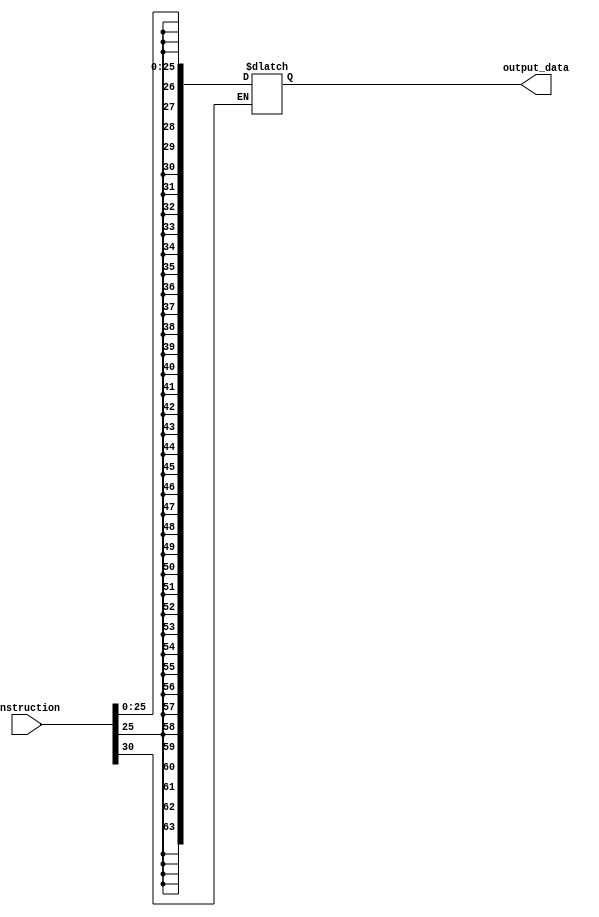
module SignExtend(instruction, output_data);

	input [31:0] instruction;
	output reg [63:0] output_data;
	wire opcode = instruction[30];

	always @ (instruction) begin
		case(opcode)
			2'b11: output_data = {{55{instruction[20]}}, instruction[20:12]};
			2'b10: output_data = {{45{instruction[23]}}, instruction[23:5]};
			2'b00: output_data = {{38{instruction[25]}}, instruction[25:0]};
		endcase
	end

endmodule